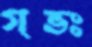
গভঃ